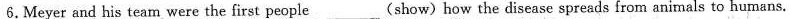
6. Meyer and his team were the first people_(show)how the disease spreads from animals to humans.